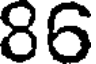
86